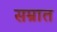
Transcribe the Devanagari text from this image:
सम्रात